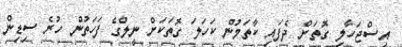
އިސްޖަހާލި ގޮތަށް ދެފައި ކާތަމުން ކަހަލަ ގޮތަކަށް ނީލްގެ ފަހަތުން ހުރެ ސިޑިން